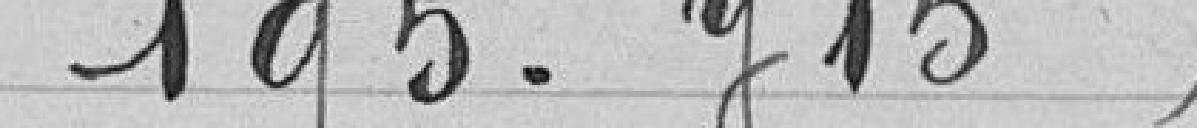
195.715